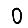
Digit: 0